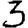
Digit: 3